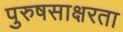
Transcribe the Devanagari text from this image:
पुरुषसाक्षरता